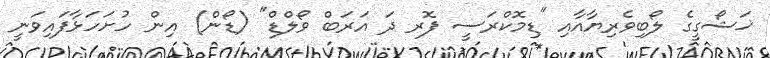
ޚަޝޯގީގެ ލޯބިވެރިޔާއާއި "ޑިމޮކްރަސީ ފޮރ ދަ އަރަބް ވޯލްޑް" (ޑޯން) އިން ހުށަހަޅާފައިވަނީ